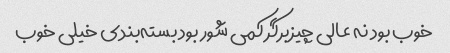
خوب بود نه عالی چیزبرگر کمی شور بود بسته‌بندی خیلی خوب